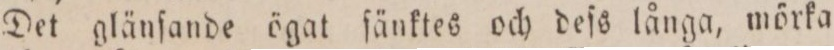
Det glänſande ögat fänktes och deſs långa, mörka